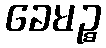
ခေမဉ္စ